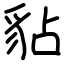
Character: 𧲸